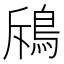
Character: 𩿪